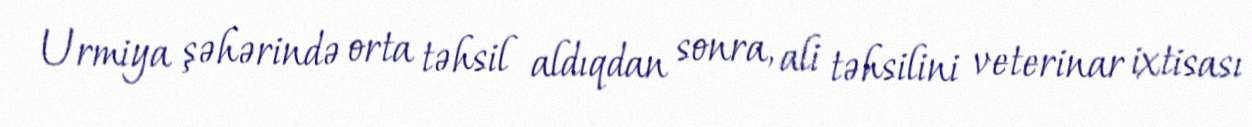
Urmiya şəhərində orta təhsil aldıqdan sonra, ali təhsilini veterinar ixtisası